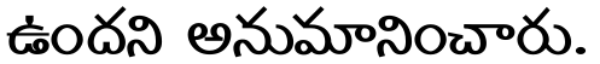
ఉందని అనుమానించారు.